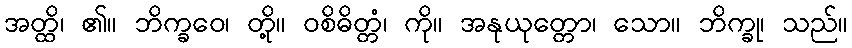
အတ္ထိ၊ ၏။ ဘိက္ခဝေ၊ တို့။ ဝစိဓိတ္တံ၊ ကို။ အနုယုတ္တော၊ သော။ ဘိက္ခု၊ သည်။